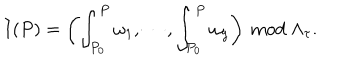
LaTeX: I ( P ) = \left( \int _ { P _ { 0 } } ^ { P } \omega _ { 1 } , \cdots , \int _ { P _ { 0 } } ^ { P } \omega _ { g } \right) \ \mathrm { m o d } \ \Lambda _ { \tau } .